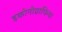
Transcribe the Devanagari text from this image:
इकोनोग्राफिया